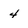
Character: 4